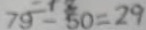
7 9 - 5 0 = 2 9